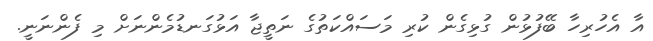
އާ އެހުރިހާ ބޭފުޅުން ގުޅިގެން ކުރި މަސައްކަތުގެ ނަތީޖާ އަޅުގަނޑުމެންނަށް މި ފެންނަނީ.